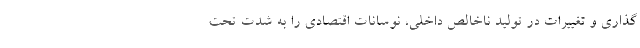
گذاری و تغییرات در تولید ناخالص داخلی، نوسانات اقتصادی را به شدت تحت